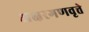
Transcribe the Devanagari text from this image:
अक्षरगणवृत्ते